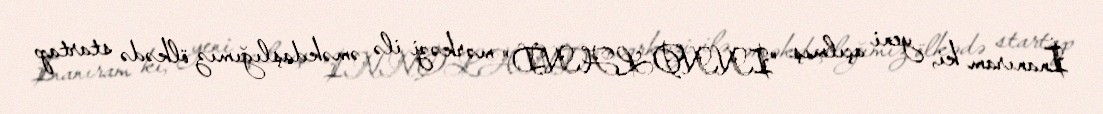
İnanıram ki, yeni açılmış "INNOLAND" mərkəzi ilə əməkdaşlığımız ölkədə startap